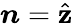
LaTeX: \boldsymbol{n}=\hat{\mathbf{z}}